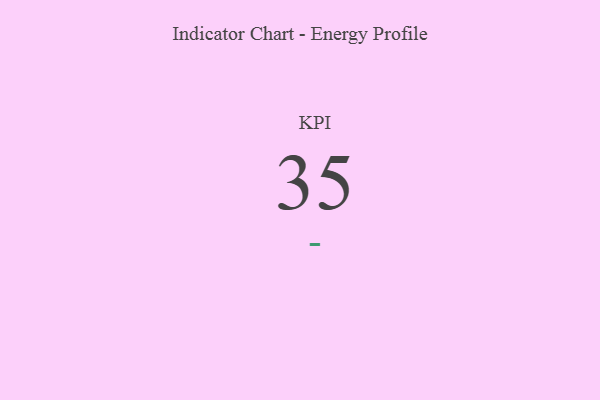
{"axis": {"x": "KPI", "y": "Value"}, "legend": [""], "data": [{"x": "KPI", "y": 35, "type": ""}]}